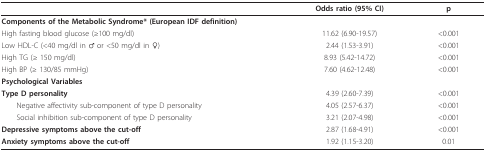
<table><thead><tr><td></td><td><b>Odds ratio (95% CI)</b></td><td><b>p</b></td></tr></thead><tbody><tr><td><b>Components of the Metabolic Syndrome* (European IDF definition)</b></td><td></td><td></td></tr><tr><td>High fasting blood glucose (≥100 mg/dl)</td><td>11.62 (6.90-19.57)</td><td>&lt;0.001</td></tr><tr><td>Low HDL-C (&lt;40 mg/dl in ♂ or &lt;50 mg/dl in ♀)</td><td>2.44 (1.53-3.91)</td><td>&lt;0.001</td></tr><tr><td>High TG (≥ 150 mg/dl)</td><td>8.93 (5.42-14.72)</td><td>&lt;0.001</td></tr><tr><td>High BP (≥ 130/85 mmHg)</td><td>7.60 (4.62-12.48)</td><td>&lt;0.001</td></tr><tr><td><b>Psychological Variables</b></td><td></td><td></td></tr><tr><td><b>Type D personality</b></td><td>4.39 (2.60-7.39)</td><td>&lt;0.001</td></tr><tr><td> Negative affectivity sub-component of type D personality</td><td>4.05 (2.57-6.37)</td><td>&lt;0.001</td></tr><tr><td> Social inhibition sub-component of type D personality</td><td>3.21 (2.07-4.98)</td><td>&lt;0.001</td></tr><tr><td><b>Depressive symptoms above the cut-off</b></td><td>2.87 (1.68-4.91)</td><td>&lt;0.001</td></tr><tr><td><b>Anxiety symptoms above the cut-off</b></td><td>1.92 (1.15-3.20)</td><td>0.01</td></tr></tbody></table>